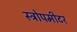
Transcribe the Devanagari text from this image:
स्ट्रोपमीटर